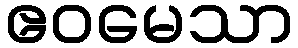
ဧဝမေသာ